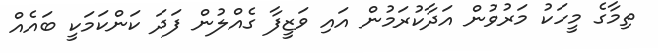
ތިމާގެ މީހަކު މަރުވުން އަދާކުރަމުން އައި ވަޒީފާ ގެއްލުން ފަދަ ކަންކަމަކީ ބައެއް